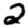
Digit: 2